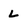
Character: L